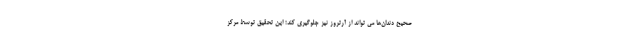
صحیح دندان‌ها می تواند از آرتروز نیز جلوگیری کند؛ این تحقیق توسط مرکز